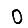
Digit: 0